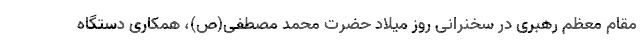
مقام معظم رهبری در سخنرانی روز میلاد حضرت محمد مصطفی(ص)، همکاری دستگاه